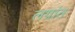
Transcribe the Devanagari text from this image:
लग्नांत